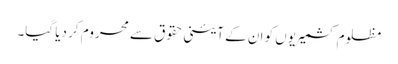
مظلوم کشمیریوں کو ان کے آئینی حقوق سے محروم کر دیا گیا۔